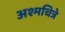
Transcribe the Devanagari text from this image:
अश्मचित्रे